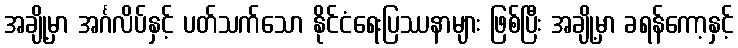
အချို့မှာ အင်္ဂလိပ်နှင့် ပတ်သက်သော နိုင်ငံရေးပြဿနာများ ဖြစ်ပြီး အချို့မှာ ခရန်ကော့နှင့်